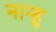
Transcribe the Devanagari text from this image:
नान्हु